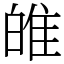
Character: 𤽼